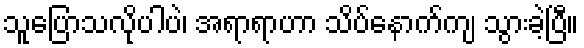
သူပြောသလိုပါပဲ၊ အရာရာဟာ သိပ်နောက်ကျ သွားခဲ့ပြီ။